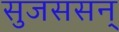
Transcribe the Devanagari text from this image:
सुजससन्